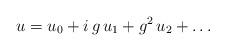
LaTeX: \begin{align*}u = u_0+ i \,g \, u_1 + g^2 \, u_2+ \dots \end{align*}